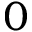
0